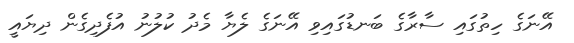
އޭނަގެ ހިތުގައި ސާރާގެ ބަނޑުގައިވި އޭނަގެ ލެޔާ މެދު ކުލުނު އުފެދިގެން ދިޔައީ